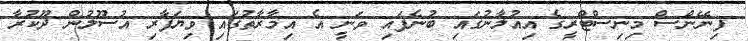
ފިނޭންސް މިނިސްޓްރީގެ އިއުލާނުގައި ބުނެފައި ވަނީ އެ އިމާރާތުގައި ވިޔަފާރި އުސޫލުން ދޫކުރާ